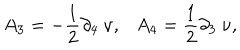
A _ { 3 } = - { \frac { 1 } { 2 } } \partial _ { 4 } ~ \nu , A _ { 4 } = { \frac { 1 } { 2 } } \partial _ { 3 } ~ \nu ,